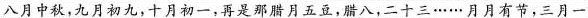
\underline{八月中秋,九月初九，十月初一,再是那腊月五豆,腊八,二十三......月月有节,三月一}